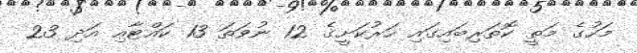
މަހުގެ މަތީ ކޮތަރިބައިގައި ހަރުކަށީގެ 12 ނުވަތަ 13 ކައްޓާއި އަދި 23